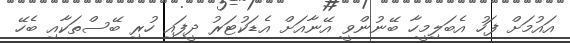
އައުމަށް ފަހު އެބަލިމީހާ ބޭނުންވީ އޭނާއަށް އެޑަކުޓަރު ދީފައި ހުރި ބޭސްތަކާއި ބެހޭ